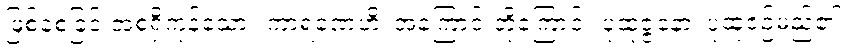
ဖြစ်စေခြင်းအစရှိကုန်သော။ ကာရဏေဟိ၊ အကြောင်းတို့ကြောင့်။ ပုထုဇ္ဇနော၊ ပုထုဇဉ်မည်၏။